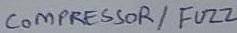
Text: COMPRESSOR/ FUZZ